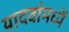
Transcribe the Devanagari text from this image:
यादवांमध्यें